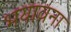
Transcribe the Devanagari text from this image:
भयावना